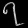
Digit: ၇